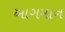
આગમાન